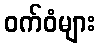
ဝက်ဝံများ